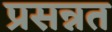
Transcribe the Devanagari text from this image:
प्रसन्नत